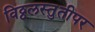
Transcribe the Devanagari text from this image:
विठ्ठलस्तुतीपर